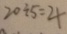
2 0 \div 5 = 4